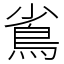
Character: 䲵